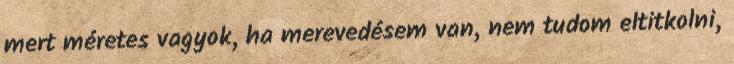
mert méretes vagyok, ha merevedésem van, nem tudom eltitkolni,